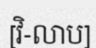
[វិ-លាប]